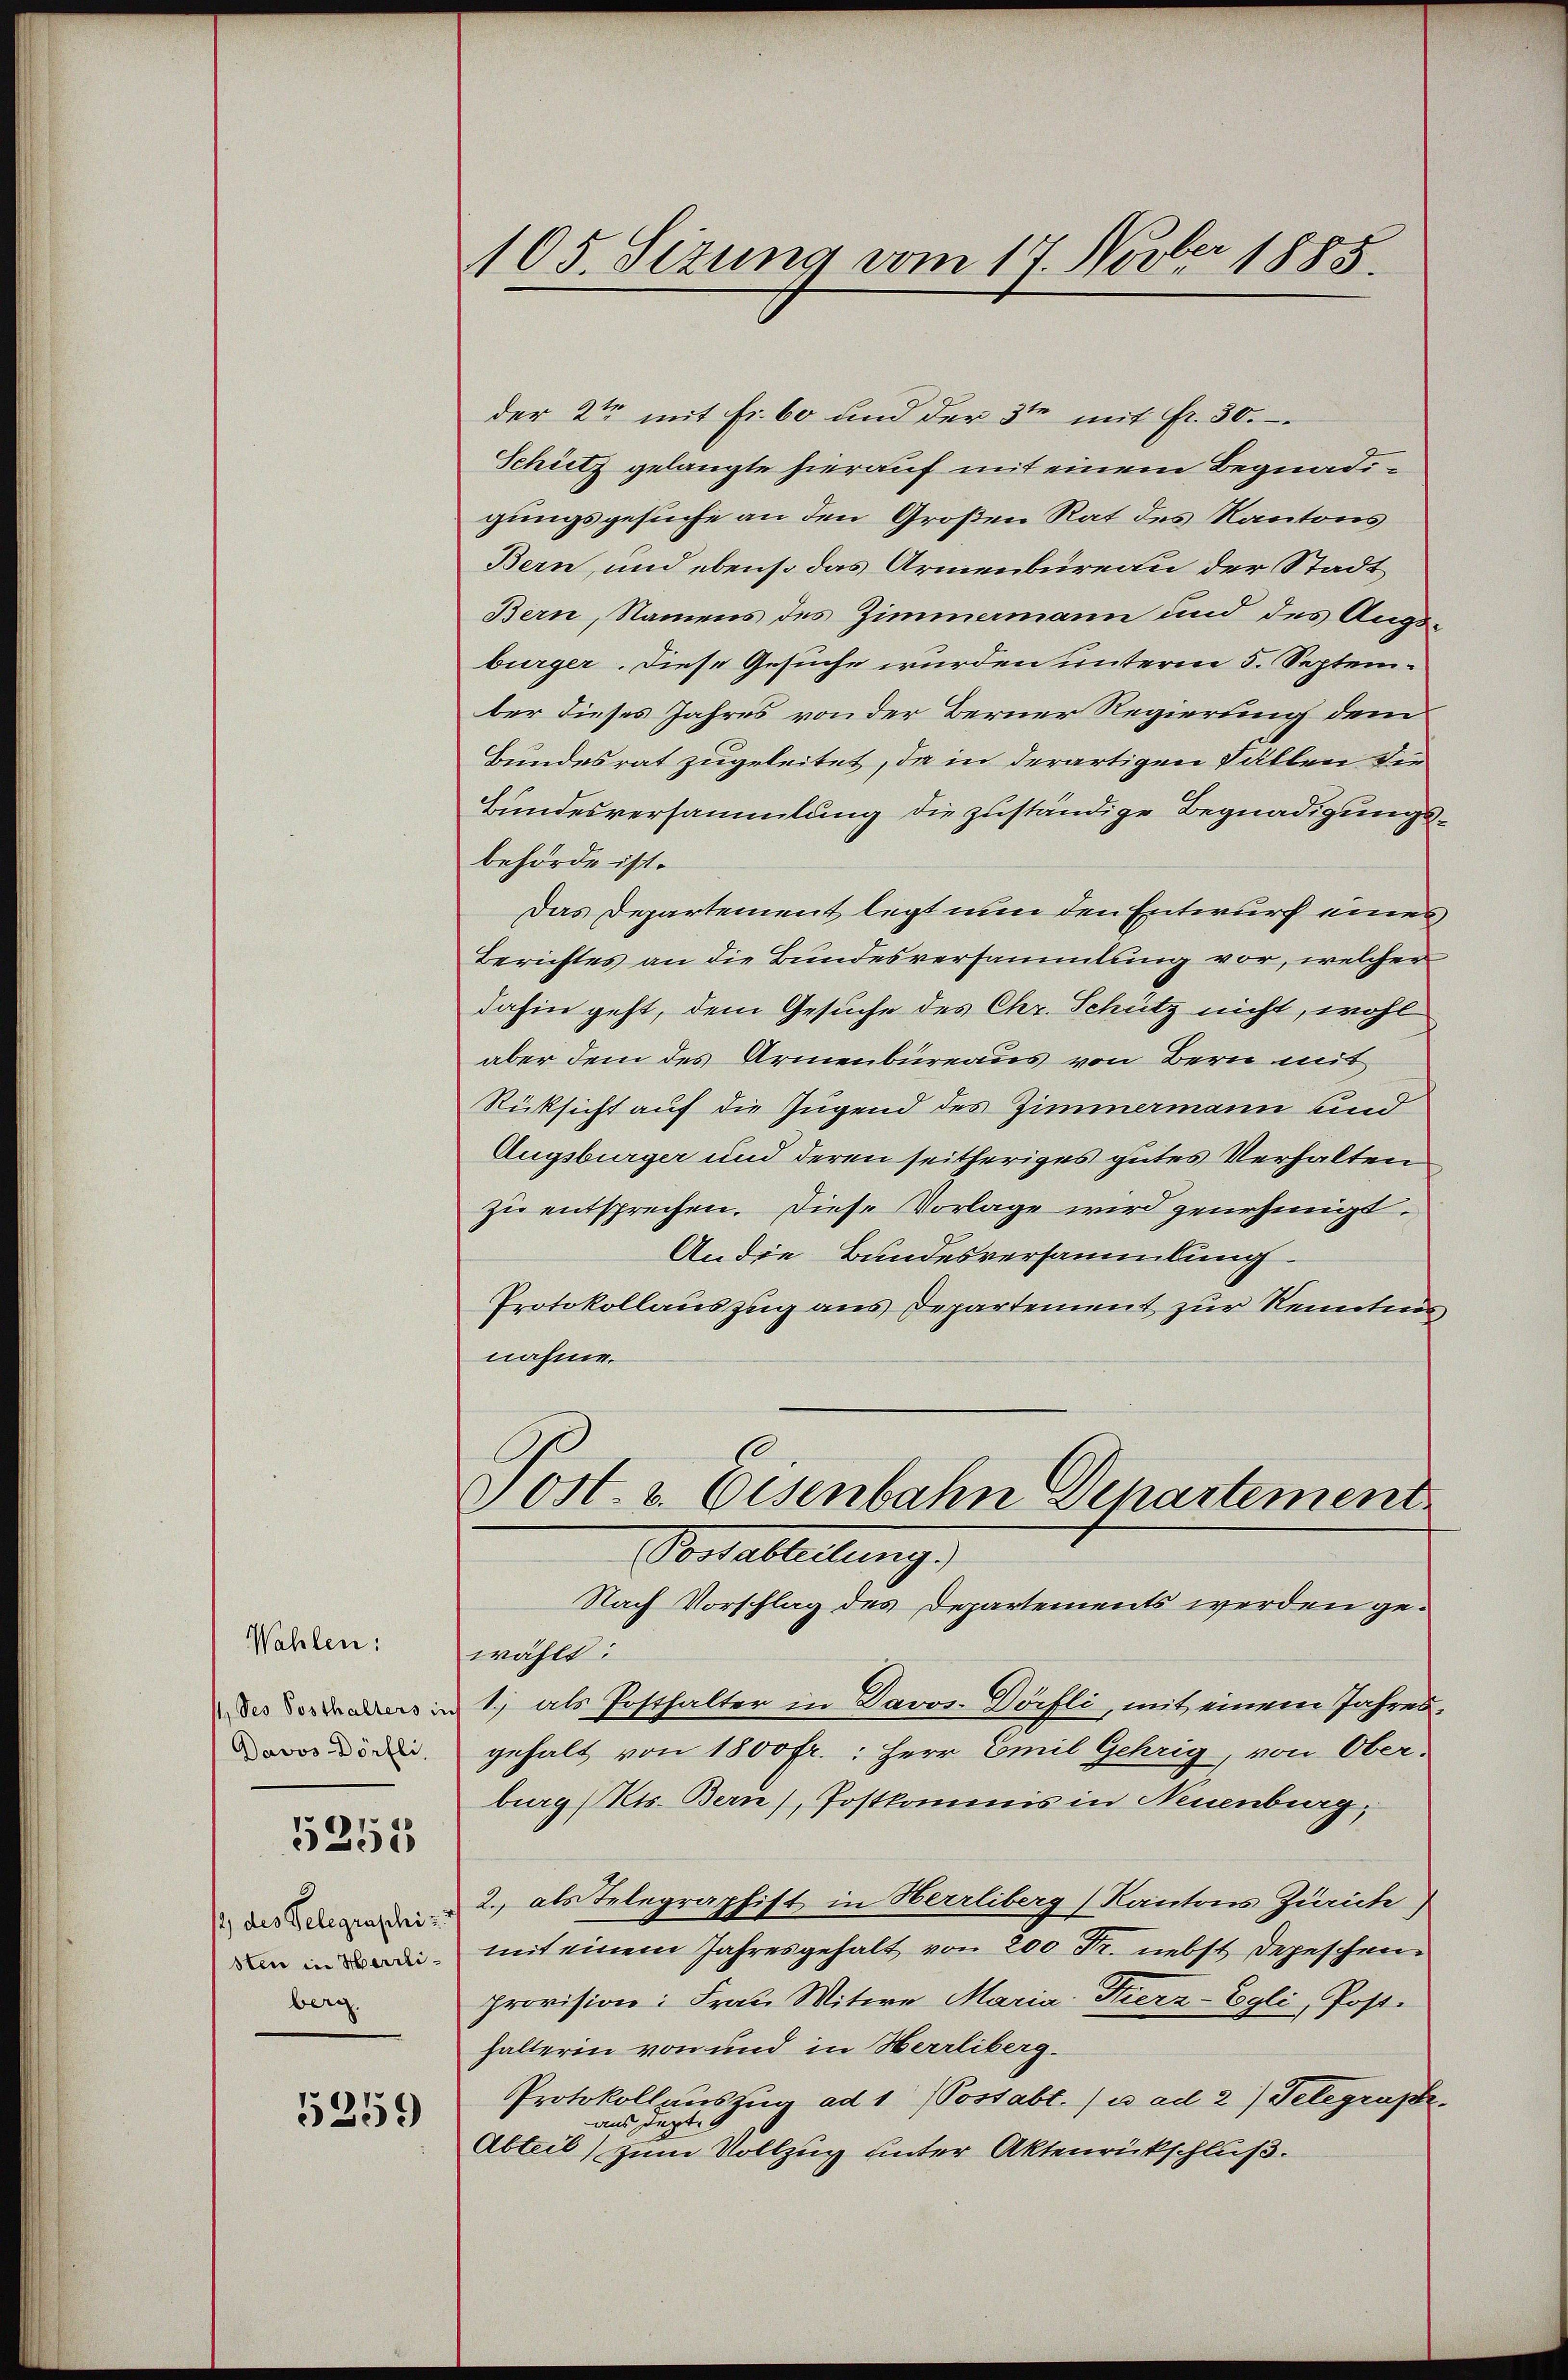
Wahlen:
 Ses Posthalters in
Davos Dörfli

5251

2) des Telegraschi z
sten in Herrliberg.

1259

105. Sizung vom 17. Novber 1885.

der 2ten mit Fr. 60 und der 3ten mit fr. 30.
Schütz gelangte hierauf mit einem Begnadigungsgesuche an den Großen Rat des Kantons
Bern, und ebenso das Armenbüreau der Stadt
Bern, Namens des Zimmermann und des Augsbürger. Diese Gesuche wurden unterm 5. September dieses Jahres von der Berner Regierung dem
Bundesrat zugeleitet, da in derartigen Fällen die
Bundesversammlung die zuständige Begnadigungsbehörde ist.
Das Departement legt nun den Entwurf eines
Berichtes an die Bundesversammlung vor, welcher
dahin geht, dem Gesuche des Chr. Schutz nicht, wohl
aber dem des Armenbüreaus von Bern mit
Rücksicht auf die Jugend des Zimmermann und
Augsburger und deren seitheriges gutes Verhalten
zu entsprechen. Diese Vorlage wird genehmigt.
An die Bundesversammlung
Protokollauszug aus Departement zur Renntnis,
nahme.
Tost. 2. Eisenbahn Departement
Portableitung.)
Nach Vorschlag des Departements werden gewählt:
1) als Posthalter in Davos- Dörfli, mit einem Jahresgehalt von 1800 fr.: Herr Emil Gehrig, von Ober-
burg (Kts. Bern), Postkommis in Neuenburg,
2., als Telegraphist in Herrliberg, Kantons Zürich
mit einem Jahresgehalt von 200 Fr. nebst Depeschen
provision: Frau Mitere Maria Fierz-Egli, Posthalterin von und in Herrliberg.
Protokollauszug ad 1 (Postabt. /i ad 2) Telegraph.
aus dept. 9
Abteil) zum Vollzug unter Aktenrückschluß.